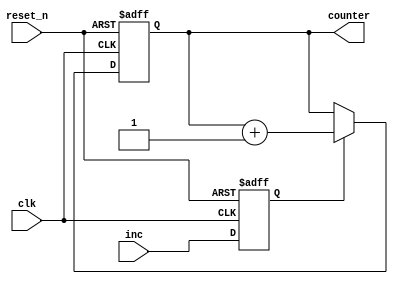
module counter(
	input reset_n,
   input inc,
   input clk,
   output [3:0] counter
    );
	 
	 reg inc_n;
	 reg [3:0] counter_out;
	 
	 assign counter = counter_out;
	 
	 always@(posedge clk, negedge reset_n)
	 begin
		if(~reset_n)
			begin 
			inc_n<=1'b0;
			dec_n<=1'b0;
			counter_out<=4'b0;
			end
		else
			begin
   		inc_n <= inc;
			
			if(inc_n) 
				counter_out<=counter_out+1;
			end
	 end
	

endmodule